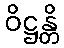
ဝိဋ္ဌန္တိ